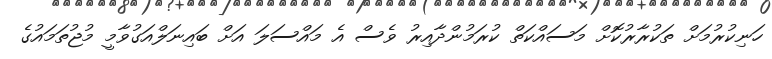
ހަނިކުރުމަށް ތަކުރާރުކޮށް މަސައްކަތް ކުރަމުންދާއިރު ވެސް އެ މައްސަލަ އަށް ބައިނަލްއަގުވާމީ މުޖުތަމައުގެ